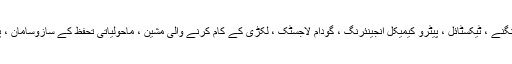
A: مصنوعات سیرامک ​​، شیشہ ، کھانا ، دھات کاری ، بیئر اور مشروبات ، پرنٹنگ اور رنگنے ، ٹیکسٹائل ، پیٹرو کیمیکل انجینئرنگ ، گودام لاجسٹک ، لکڑی کے کام کرنے والی مشین ، ماحولیاتی تحفظ کے سازوسامان ، پرنٹنگ اور پیکیجنگ ، فارمیسی اور چمڑے میں بڑے پیمانے پر استعمال ہوتے ہیں۔